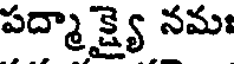
పద్మా క్ష్యై నమః